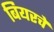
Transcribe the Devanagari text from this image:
बियरचे